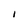
Character: l